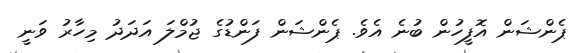
ޕެންޝަން އޮފީހުން ބުނެ އެވެ. ޕެންޝަން ފަންޑުގެ ޖުމްލަ އަދަދު މިހާރު ވަނީ